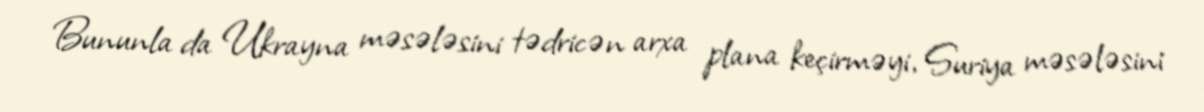
Bununla da Ukrayna məsələsini tədricən arxa plana keçirməyi, Suriya məsələsini